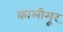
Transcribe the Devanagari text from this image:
कालीमूर